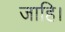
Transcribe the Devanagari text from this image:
जाहि।